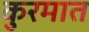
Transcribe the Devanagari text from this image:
कुरमात